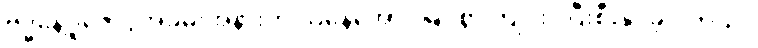
ဗုဒ္ဓနေ့ပူဇော်ပွဲအခမ်းအနားကို ယနေ့အောင်မြင်စွာ ကျင်းပပြီးစီးနိုင်ခဲ့ပါတယ်။